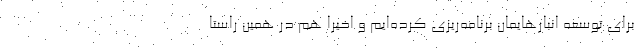
برای توسعه انبارهایمان برنامه‌ریزی کرده‌ایم و اخیرا هم در همین راستا